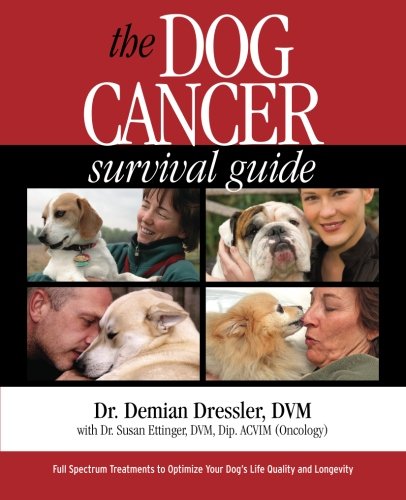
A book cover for The Dog Cancer Survival Guide: Full Spectrum Treatments to Optimize Your Dog's Life Quality and Longevity; Demian Dressler; Crafts, Hobbies & Home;